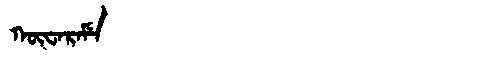
Manchu: ᡴᡡᠸᠠᡵᠠᠮᡝ
Romanization: KŪWARAME